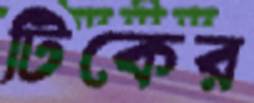
টিকের